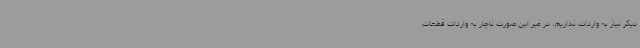
دیگر نیاز به واردات نداریم، در غیر این صورت ناچار به واردات قطعات